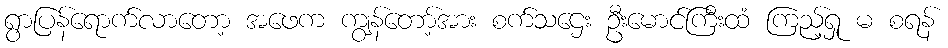
ရွာပြန်ရောက်လာတော့ အဖေက ကျွန်တော့်အား စက်သဌေး ဦးမောင်ကြီးထံ ကြည့်ရှု မ စရန်